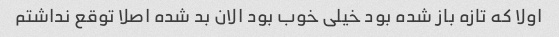
اولا که تازه باز شده بود خیلی خوب بود الان بد شده اصلا توقع نداشتم